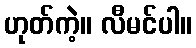
ဟုတ်ကဲ့။ လီမင်ပါ။